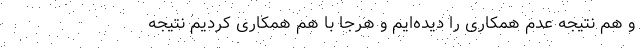
و هم نتیجه عدم همکاری را دیده‌ایم و هرجا با هم همکاری کردیم نتیجه